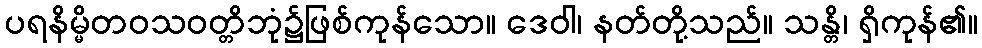
ပရနိမ္မိတဝသဝတ္တိဘုံ၌ဖြစ်ကုန်သော။ ဒေဝါ၊ နတ်တို့သည်။ သန္တိ၊ ရှိကုန်၏။